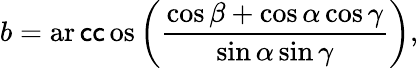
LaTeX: b=\operatorname{ar\mathsf{c}\mathsf{c}os}\left({\frac{{\cos\beta+\cos\alpha\cos\gamma}}{{\sin\alpha\sin\gamma}}}\right),